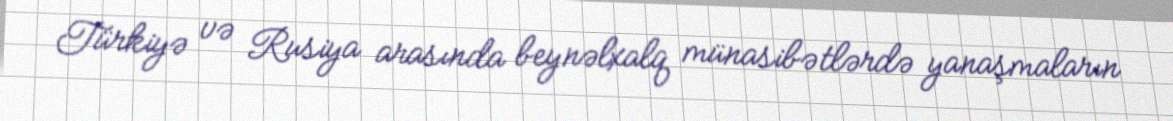
Türkiyə və Rusiya arasında beynəlxalq münasibətlərdə yanaşmaların